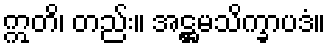
ဣတိ၊ တည်း။ အဋ္ဌမသိက္ခာပဒံ။